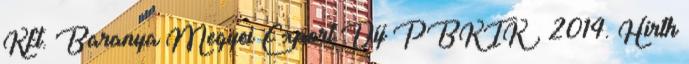
Kft. Baranya Megyei Export Díj PBKIK , 2014. Hirth